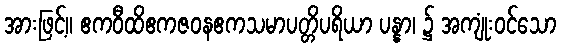
အားဖြင့်။ ဧကဝီထိဧကဇဝနဧကသမာပတ္တိပရိယာ ပန္နာ၊ ၌ အကျုံးဝင်သော